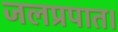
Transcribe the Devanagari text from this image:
जलप्रपात।